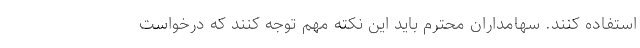
استفاده کنند. سهامداران محترم باید این نکته مهم توجه کنند که درخواست